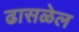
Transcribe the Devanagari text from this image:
ढासळेल